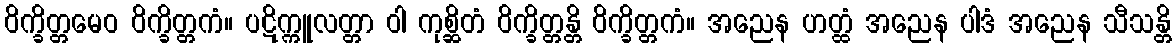
ဝိက္ခိတ္တမေဝ ဝိက္ခိတ္တကံ။ ပဋိက္ကူလတ္တာ ဝါ ကုစ္ဆိတံ ဝိက္ခိတ္တန္တိ ဝိက္ခိတ္တကံ။ အညေန ဟတ္ထံ အညေန ပါဒံ အညေန သီသန္တိ